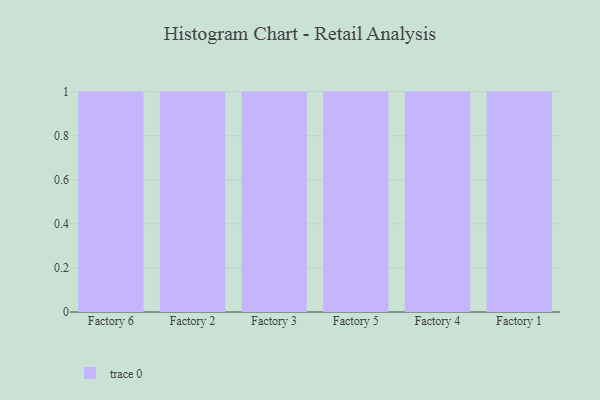
{"axis": {"x": "Factory", "y": "Energy Usage (MWh)"}, "legend": [""], "data": [{"x": "Factory 6", "y": 67, "type": ""}, {"x": "Factory 2", "y": 25, "type": ""}, {"x": "Factory 3", "y": 90, "type": ""}, {"x": "Factory 5", "y": 52, "type": ""}, {"x": "Factory 4", "y": 34, "type": ""}, {"x": "Factory 1", "y": 80, "type": ""}]}